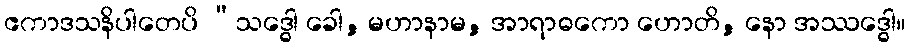
ဧကာဒသနိပါတေပိ “သဒ္ဓေါ ခေါ, မဟာနာမ, အာရာဓကော ဟောတိ, နော အဿဒ္ဓေါ။